Investigations into the jail dietaries of the United Provinces with some observations on the influence of dietary on the physical development and well-being of the people of the United Provinces - Number 48
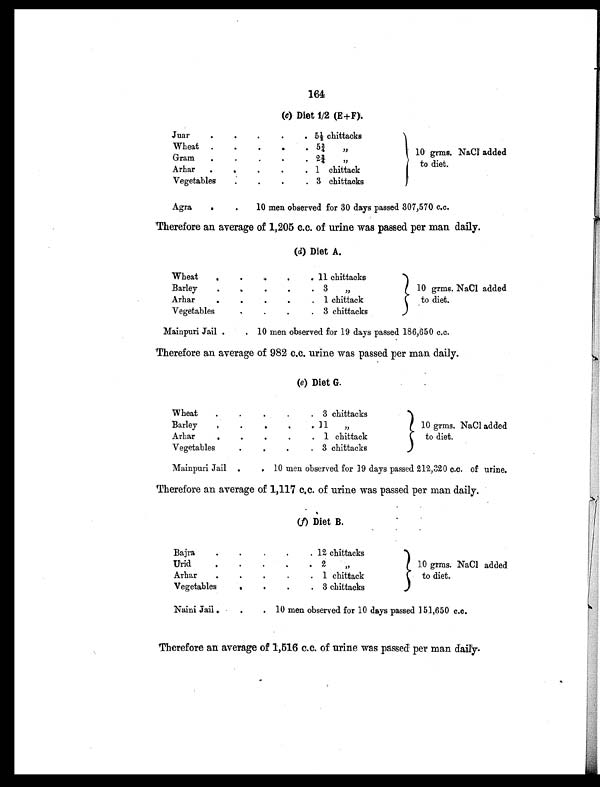
164
(c) Diet 1/2 (E+F).
Juar
.
.
.
.
. 5½ chittacks
10 grms. NaCl added
to diet.
Wheat .
.
.
.
. 5¾ ,,
Gram .
.
. .
. 2¾ „
Arhar .
.
.
.
. 1 chittack
Vegetables
.
.
.
. 3 chittacks
Agra
.
.
10 men observed for 30 days passed 307,570 c.c.
Therefore an average of 1,205 c.c. of urine was passed per man daily.
(d) Diet A.
Wheat.
.
.
.
. 11 chittacks
10 grms. NaCl added
to diet.
Barley
.
.
.
.
. 3
, ,
Arhar
.
.
.
.
. 1 chittack
Vegetable .
.
.
. 3 chittacks
Mainpuri Jail
. 10 men observed for 19 days passed 186,650 c.c.
Therefore an average of 982 c.c. urine was passed per man daily.
(e) Diet G.
Wheat .
.
.
.
. 3 chittacks
10 grms. NaCl added
to diet.
Barley
.
.
.
. . 11 , ,
Arhar
.
.
.
.
. 1 chittack
Vegetables
. .
.
. 3 chittacks
Mainpuri Jail .
. 10 men observed for 19 days passed 212,320 c.c. of urine.
'Therefore an average of 1,117 c.c. of urine was passed per man daily.
(f) Diet B.
Bajra
.
.
.
.
. 12 chittacks
10 grms. NaCl added
to diet.
Urid
.
.
.
. . 2
,,
Arhar
.
.
.
.
. 1 chittack
Vegetables
.
.
.
. 3 chittacks
Naini Jail .
.
. 10 men observed for 10 days passed 151,650 c.c.
Therefore an average of 1,516 c.c. of urine was passed per man daily.